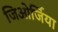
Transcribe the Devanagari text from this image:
जिओर्जिया